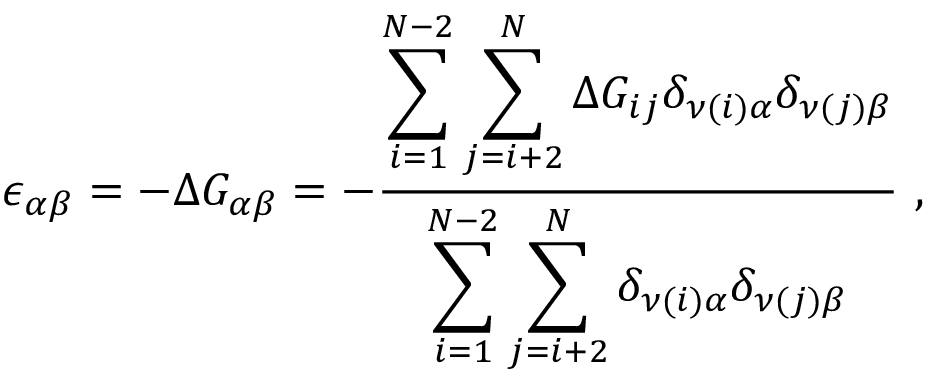
\epsilon _ { \alpha \beta } = - \Delta G _ { \alpha \beta } = - \frac { \displaystyle \sum _ { i = 1 } ^ { N - 2 } \sum _ { j = i + 2 } ^ { N } \Delta G _ { i j } \delta _ { \nu ( i ) \alpha } \delta _ { \nu ( j ) \beta } } { \displaystyle \sum _ { i = 1 } ^ { N - 2 } \sum _ { j = i + 2 } ^ { N } \delta _ { \nu ( i ) \alpha } \delta _ { \nu ( j ) \beta } } ~ ,